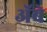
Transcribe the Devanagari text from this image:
ॲबे